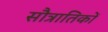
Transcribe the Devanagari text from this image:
सौत्रातिकों